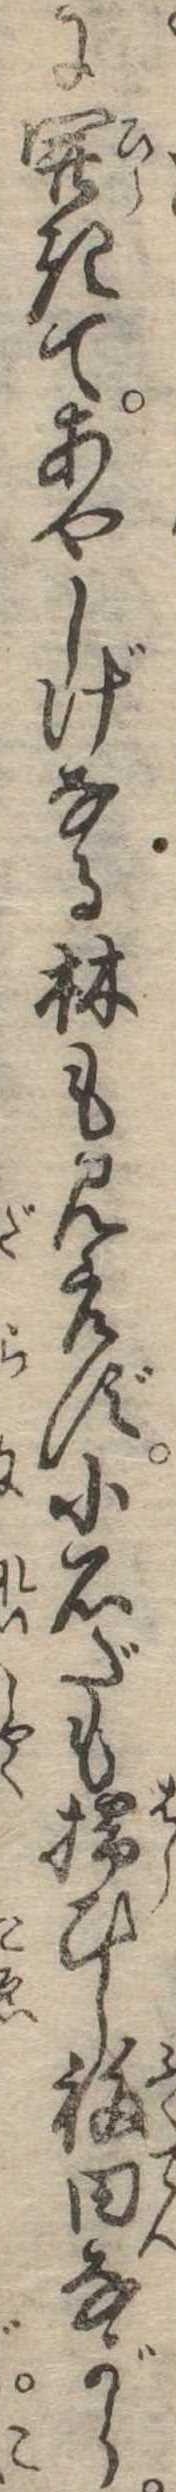
に開きてあやしげなる林も見えず小石だも掃ひし福田ながら